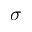
\sigma